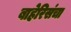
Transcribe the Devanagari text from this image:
बाहेरिसंचा